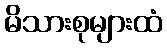
မိသားစုများထံ